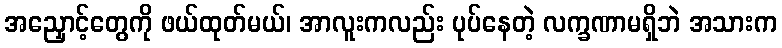
အညှောင့်တွေကို ဖယ်ထုတ်မယ်၊ အာလူးကလည်း ပုပ်နေတဲ့ လက္ခဏာမရှိဘဲ အသားက